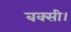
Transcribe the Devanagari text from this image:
बक्सी।